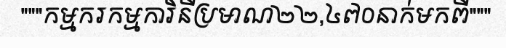
"""កម្មករកម្មការិនីប្រមាណ២២,៤៧០នាក់មកពី"""